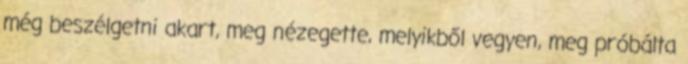
még beszélgetni akart, meg nézegette, melyikből vegyen, meg próbálta